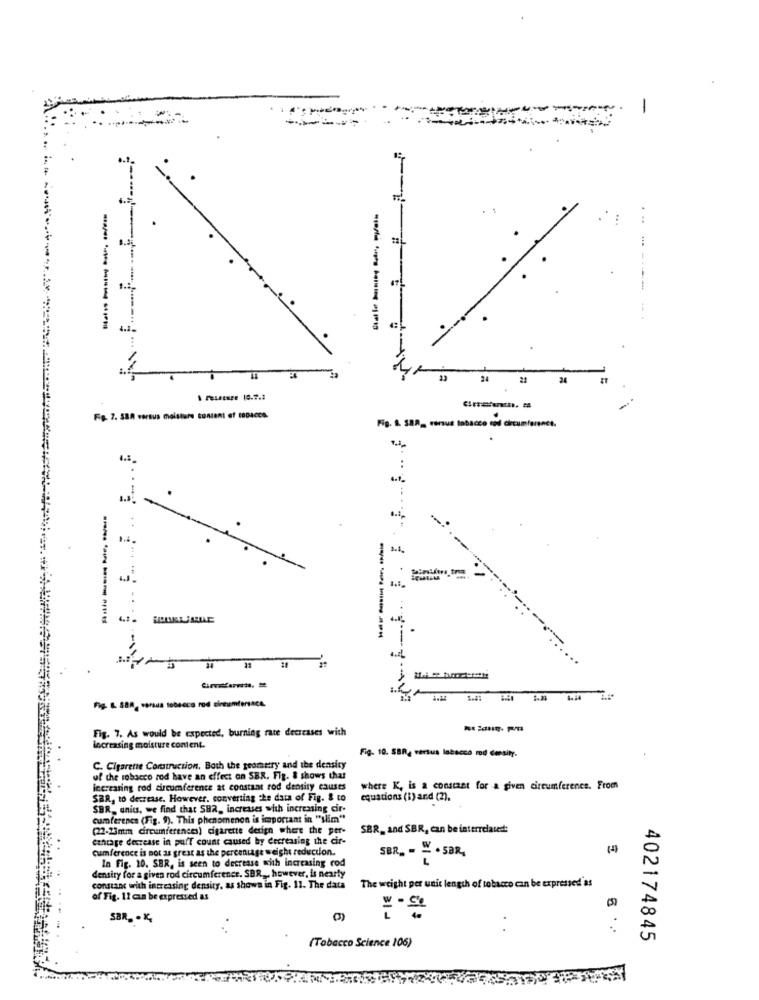
1
. ..
47
-------
4.1.
24 21
Fig. 7. SSA versus moisture content of taDacca
Fig. 1. S88_ versus tobacco rod circumference.
[. .. E . F ..
--------
-----
Fig. L. S88, versus tobacco rod circumference.
Fig. 7. As would be expected, burning rate decreases with
increasing moisture content.
Fig. 10. SBR, versus labacco mod density.
C. Cigarette Construction, Both the geometry and the density
uf the tobacco rod have an effect on SBR. Fig. & shows that
increasing rod circumference at constant rod density causes
where K, is a constant for a given circumference. From
SBR, to decrease. However, converting the data of Fig. & to
equations (1) and (2).
SBR, unics, we find that SHR, increases with increasing cir-
cumference (Fig. 9). This phenomenon is important in "slim""
(22-23mm circumferences) cigarette design where the per-
SBR_ and SBR, can be interrelated:
cantage decrease in puff count caused by decreasing the cir-
cumference is not as great as the percentage weight reduction.
SBR_ - W . SBR,
In Fig. 10. SBR, is seen to decrease with increasing rod
densiry for a given rod circumference. SBR , however, is nearly
constant with increasing density, as shown in Fig. 11. The data
The weight per unit length of tobacco can be expressed'as
of Fig. 11 can be expressed as
SBR. . K.
6 ..
(Tobacco Science 106)
402174845